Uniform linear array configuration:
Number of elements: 48
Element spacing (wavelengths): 0.75
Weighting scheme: cosine
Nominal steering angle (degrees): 45
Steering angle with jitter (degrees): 46.088
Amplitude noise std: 0.05
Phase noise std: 0.05

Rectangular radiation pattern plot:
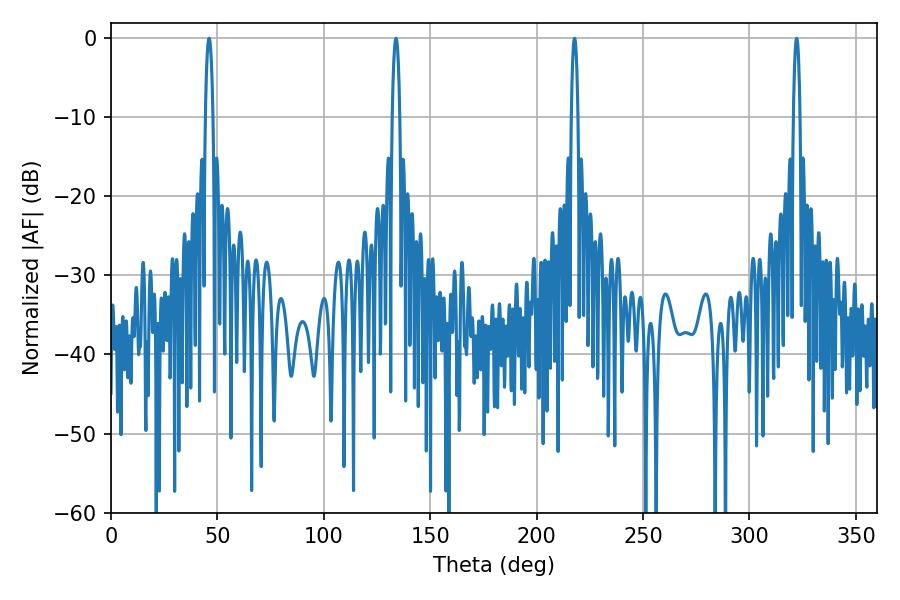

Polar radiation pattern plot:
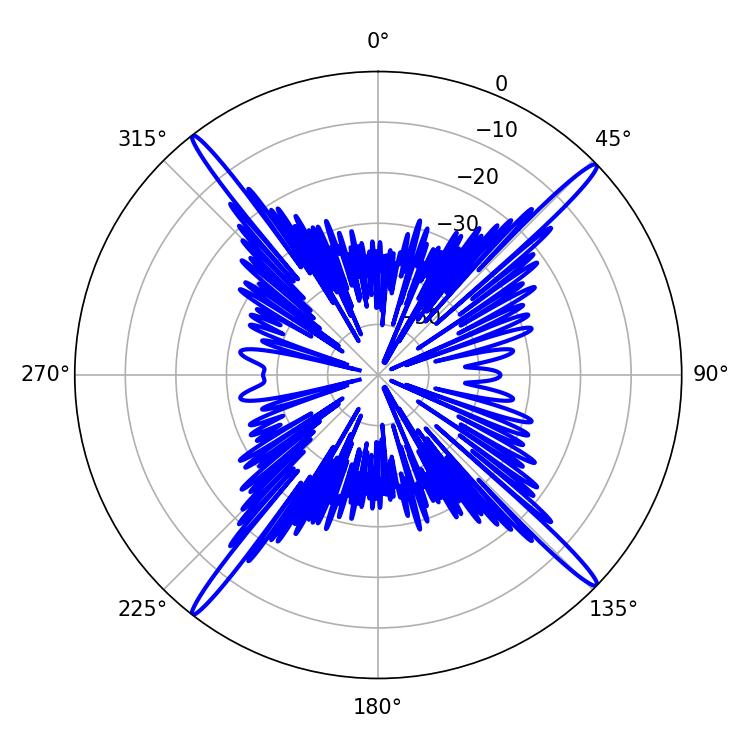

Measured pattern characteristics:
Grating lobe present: TRUE
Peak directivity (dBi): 21.342
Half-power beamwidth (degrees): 1.8
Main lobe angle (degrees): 46.08